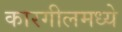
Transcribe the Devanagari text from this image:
कारगीलमध्ये